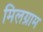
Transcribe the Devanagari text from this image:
मिलग्राम